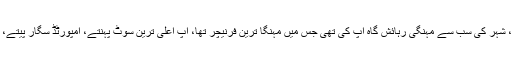
ہمارے لیڈر کا لائف اسٹائل شاہانہ تھا، آپ بیش قیمت گاڑیوں میں گھومتے تھے، شہر کی سب سے مہنگی رہائش گاہ آپ کی تھی جس میں مہنگا ترین فرنیچر تھا، آپ اعلیٰ ترین سوٹ پہنتے، امپورٹڈ سگار پیتے، پرفضا مقامات پر تعطیلات گزارتے اور اشرافیہ کی پارٹیوں میں شرکت کرتے۔